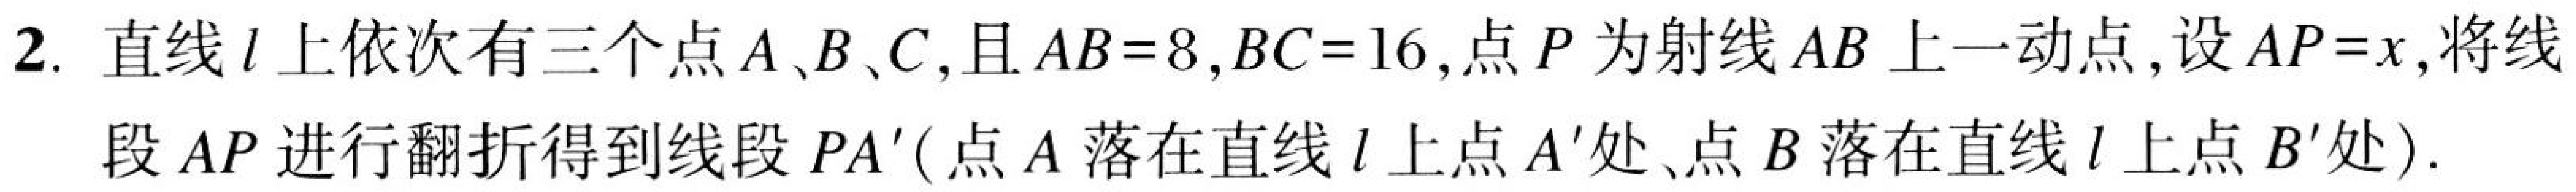
2. 直线\(l\)上依次有三个点\(A、B、C\)，且\(AB = 8\)，\(BC = 16\)，点\(P\)为射线\(AB\)上一动点，设\(AP = x\)，将线
段\(AP\)进行翻折得到线段\(PA'\)（点\(A\)落在直线\(l\)上点\(A'\)处、点\(B\)落在直线\(l\)上点\(B'\)处）.